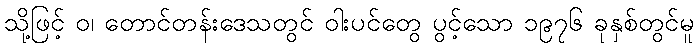
သို့ဖြင့် ဝ၊ တောင်တန်းဒေသတွင် ဝါးပင်တွေ ပွင့်သော ၁၉၇၆ ခုနှစ်တွင်မူ